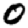
Digit: 0